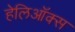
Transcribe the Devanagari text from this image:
हेलिऑक्स